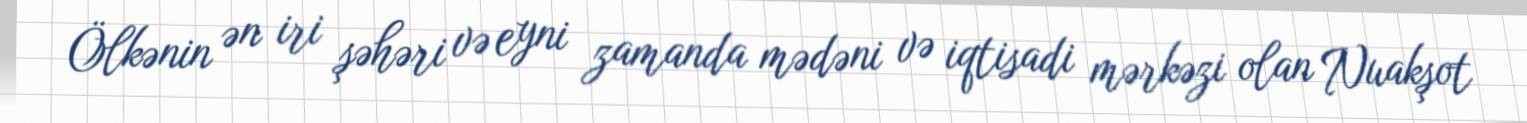
Ölkənin ən iri şəhəri və eyni zamanda mədəni və iqtisadi mərkəzi olan Nuakşot